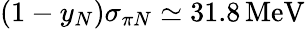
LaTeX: (1-y_{N})\sigma_{\pi N}\simeq 31.8\, \mathrm{MeV}